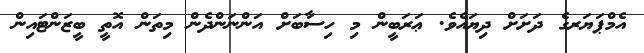
އެމްޕަޔަރގެ ދަށަށް ދިޔައެވެ. ޢަރަބީން މި ހިސާބަށް އަންނަންދެން މިތަން އޮތީ ބީޒަންޓައިން